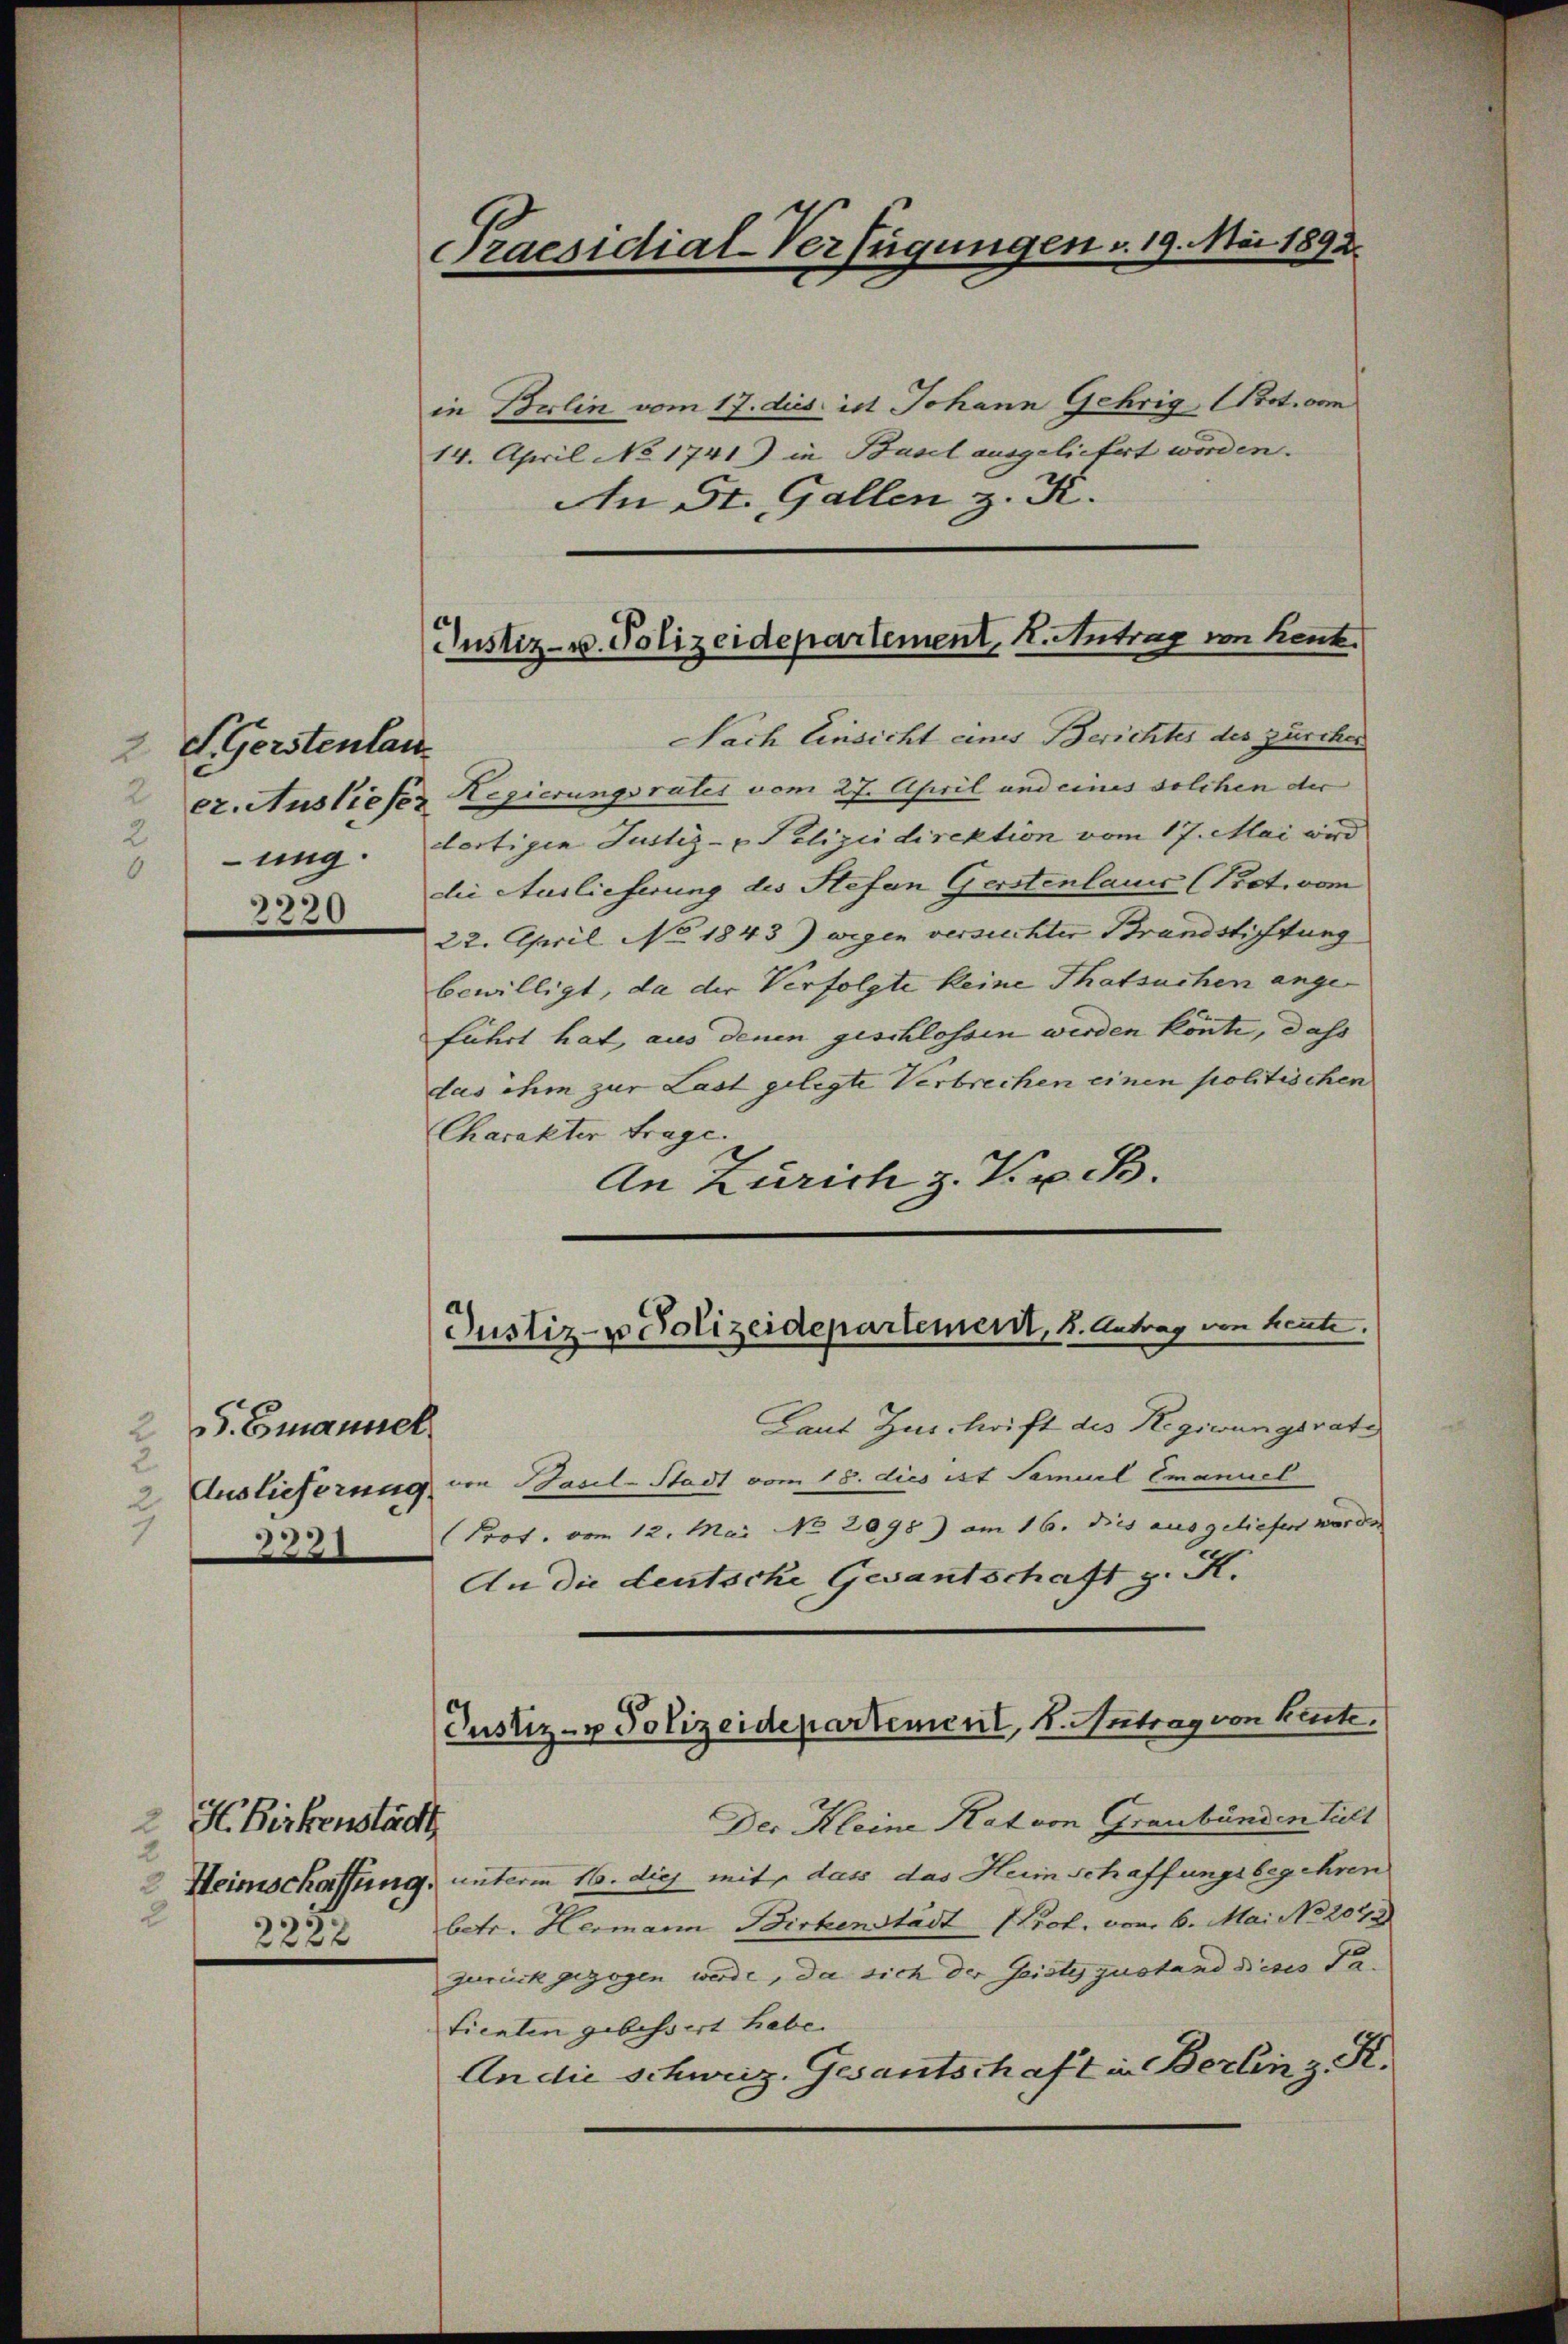
2 S. Gerstentan
2
ung.

20

. Emanuel
2
3

2 H. Birkenstädt
2
2222

Praesidial-Verfügungen v. 19. Mai 1892.

in Brlin vom 17. dies ist Johann Gehrig, Prot. vom
14. April No 1741) in Basel ausgeliefert worden.
An St. Gallen z. K.

Justiz- u. Polizeidepartement, 2. Antrag von Kent.

Nach Einsicht eines Berichtes der zürcher
er. Ausliefer Regierungsrates vom 27. April und eines solchen der
dortigen Justiz- & Polizeidirektion vom 17. Mai wird
die Auslieferung des Stefan Gerstenlaus (Prot. vom
22. April No 1843) wegen versuchter Brandstiftung
bewilligt, da der Verfolgte keine Thatsuchen angeführt hat, aus denen geschlossen werden könte, das
das ihm zur Last gelegte Verbrechen einen politischen
Charakter Frage. |
An Zürich z. Kr. B.

Justiz- u Polizeidepartement, 8. Antrag von heute.

Laut Zuschrift des Regswungsrate
2 Auslieferung in Basel-Stadt vom 18. dies ist Samuel Emanuel
Prot. vom 12. Mai No 2098) am 16. dies ausgeliefen worden
An die deutsche Gesantschaft z. K.
Der Kleine Rat von Graubünden hielt
 Heimschaffung, unterm 16. dies mit, dass das Heimschaffungsbegehren
betr. Hermann Birkenstädt (Prot. vom 6. Mai No 2043
zurück gezogen werde, da sich der Geisteszustand dieses Patienten gebessert habe.
An die Schweiz. Gesantschaft in Berlin z. R.

Justiz- u Polizeidepartement, 1. Antrag von heute.